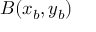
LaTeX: B ( x _ { b } , y _ { b } )